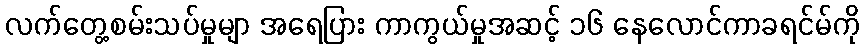
လက်တွေ့စမ်းသပ်မှုမျာ အရေပြား ကာကွယ်မှုအဆင့် ၁၆ နေလောင်ကာခရင်မ်ကို